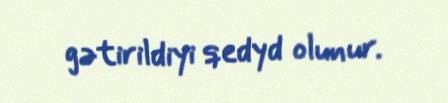
gətirildiyi qedyd olunur.